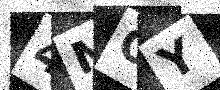
Text: 4MOY